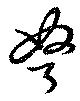
弩